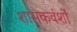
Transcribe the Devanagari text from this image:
शासकवंशों